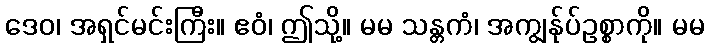
ဒေဝ၊ အရှင်မင်းကြီး။ ဧဝံ၊ ဤသို့။ မမ သန္တကံ၊ အကျွန်ုပ်ဥစ္စာကို။ မမ